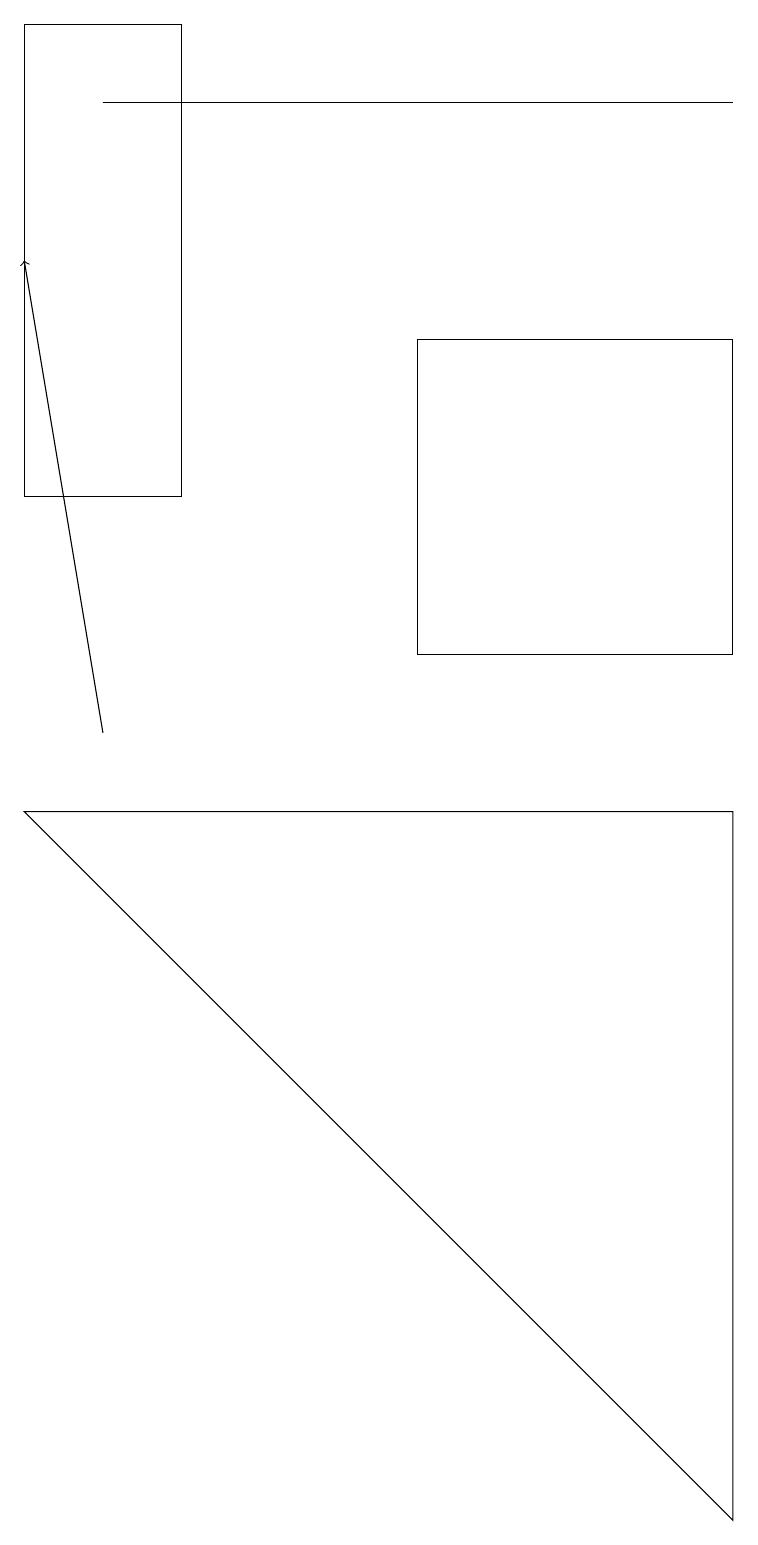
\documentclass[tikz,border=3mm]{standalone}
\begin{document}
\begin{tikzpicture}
\draw (9,0) -- (0,9) -- (9,9) -- cycle;
\draw (5,11) rectangle (9,15);
\draw[->] (1,10) -- (0,16);
\draw (1,18) rectangle (9,18);
\draw (0,19) rectangle (2,13);
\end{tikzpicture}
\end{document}